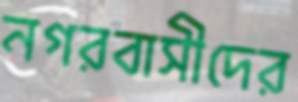
নগরবাসীদের